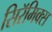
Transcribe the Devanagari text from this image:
सिरॅमिक्स